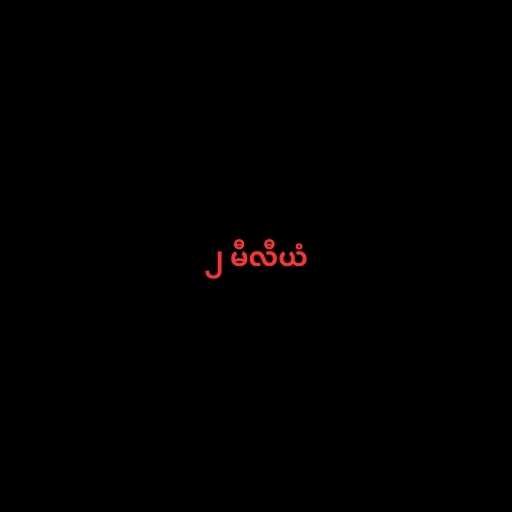
၂ မီလီယံ